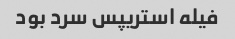
فیله استریپس سرد بود